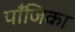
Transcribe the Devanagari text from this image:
पाँजिका